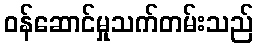
ဝန်ဆောင်မှုသက်တမ်းသည်